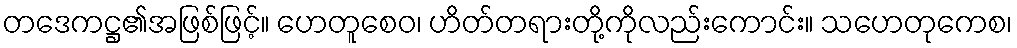
တဒေကဋ္ဌ၏အဖြစ်ဖြင့်။ ဟေတူစေဝ၊ ဟိတ်တရားတို့ကိုလည်းကောင်း။ သဟေတုကေစ၊